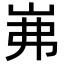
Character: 岪